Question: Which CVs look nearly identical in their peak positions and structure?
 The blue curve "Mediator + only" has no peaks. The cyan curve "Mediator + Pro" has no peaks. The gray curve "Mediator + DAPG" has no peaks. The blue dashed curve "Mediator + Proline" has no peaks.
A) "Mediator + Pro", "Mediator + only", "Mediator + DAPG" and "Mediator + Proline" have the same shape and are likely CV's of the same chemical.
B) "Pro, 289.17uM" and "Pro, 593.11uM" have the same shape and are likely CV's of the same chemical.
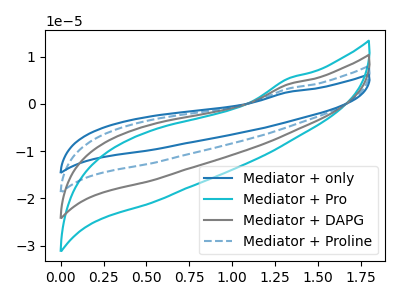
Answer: <think>Neither "Mediator + only" or "Mediator + Pro" have any peaks. Neither "Mediator + only" or "Mediator + DAPG" have any peaks. Neither "Mediator + only" or "Mediator + Proline" have any peaks. Neither "Mediator + Pro" or "Mediator + DAPG" have any peaks. Neither "Mediator + Pro" or "Mediator + Proline" have any peaks. Neither "Mediator + DAPG" or "Mediator + Proline" have any peaks.
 </think>
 <answer>A) "Mediator + Pro", "Mediator + only", "Mediator + DAPG" and "Mediator + Proline" have the same shape and are likely CV's of the same chemical.</answer>
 <eval>A</eval>